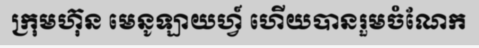
ក្រុមហ៊ុន មេនូឡាយហ្វ៍ ហើយបានរួមចំណែក